Annual report of the Punjab Veterinary College and of the Civil Veterinary Department, Punjab - 1909-1919
Year: 1909
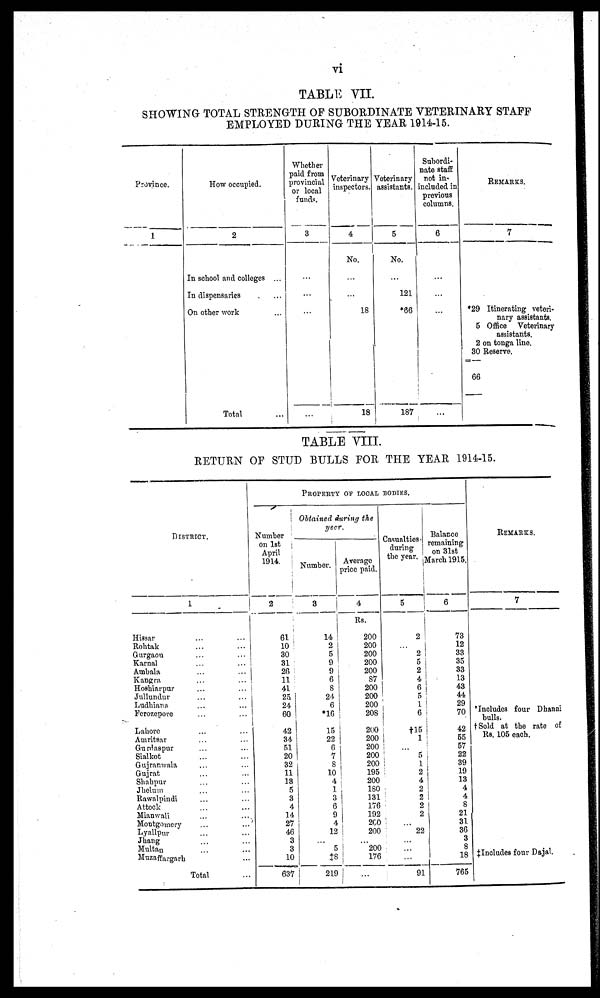
vi
TABLE VII.
SHOWING TOTAL STRENGTH OF SUBORDINATE VETERINARY STAFF
EMPLOYED DURING THE YEAR 1914-15.
Province.
1
How occupied.
2
In school and colleges ...
In dispensaries ...
On other work ...
Total ...
Whether
paid from
provincial
or local
funds.
3
...
...
...
...
Veterinary
inspectors.
4
No.
...
...
18
18
Veterinary
assistants.
5
No.
...
121
*66
187
Subordi-
nate staff
not in-
included in
previous
columns.
6
...
...
...
...
REMARKS.
7
*29 Itinerating veteri-
nary assistants.
5 Office Veterinary
assistants.
2 on tonga line.
30 Reserve.
66
TABLE VIII.
RETURN OF STUD BULLS FOR THE YEAR 1914-15.
DISTRICT.
1
Hissar ... ...
Rohtak ... ...
Gurgaon ... ...
Karnal ... ...
Ambala ... ...
Kangra ... ...
Hoshiarpur ... ...
Jullundur ... ...
Ludhiana ... ...
Ferozepore ... ...
Lahore ... ...
Amritsar ... ...
Gurdaspur ... ...
Sialkot ... ...
Gujranwala ... ...
Gujrat ... ...
Shahpur ... ...
Jhelum ... ...
Rawalpindi
Attock ... ...
Mianwali ... ...
Montgomery ... ...
Lyallpur ... ...
Jhang ... ...
Multan ... ...
Muzaffargarh ...
Total ...
PROPERTY OF LOCAL BODIES..
Number
on 1st
April
1914.
2
61
10
30
31
26
11
41
25
24
60
42
34
51
20
32
11
13
5
3
4
14
27
46
3
3
10
637
Obtained during the
year.
Number.
3
14
2
5
9
9
6
8
24
6
*16
15
22
6
7
8
10
4
1
3
6
9
4
12
...
5
‡8
219
Average
price paid.
4
Rs.
200
200
200
200
200
87
200
200
200
208
200
200
200
200
200
195
200
180
131
176
192
200
200
...
200
176
...
Casualties-
during
the year.
5
2
...
2
5
2
4
6
5
1
6
†15
1
...
5
1
2
4
2
2
2
2
...
22
...
...
...
91
Balance
remaining
on 31st
March 1915.
6
73
12
33
35
33
13
43
44
29
70
42
55
57
22
39
19
13
4
4
8
21
31
36
3
8
18
765
REMARKS.
7
Includes four Dhanni
bulls.
†Sold at the rate of
Rs. 105 each.
‡Includes four Dajal.